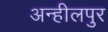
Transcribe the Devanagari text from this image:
अन्हीलपुर